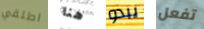
اطلقي هنا يبدو تفعل